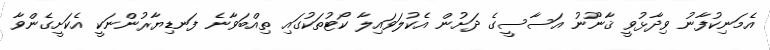
އެމަނިކުފާނު ވިދާޅުވީ ޤާނޫނު އަސާސީގެ ދަށުން އެކުލަވައިލާ ކޯޓުތަކުގައި ތިއްބަވާނެ ފަނޑިޔާރުންނަކީ އެކަށީގެންވާ